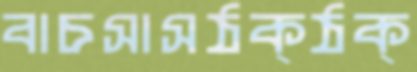
বাচসাসঠক্‌ঠক্‌